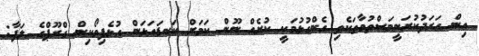
އިން ހަރަދުކުރަނީމަސްތުވާތަކެތި ގެންގުޅުމަކީ ކުށެއް ނޫން ކަމަށް ކަނޑައަޅަން އުޅެފިވޯކިން ގްރޫޕްގެ ލަފާ: